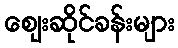
ဈေးဆိုင်ခန်းများ